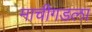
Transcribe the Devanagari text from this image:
माचीगडला